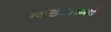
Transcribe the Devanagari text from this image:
व्यख्याकर्ता